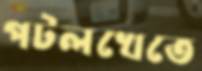
পটলখেতে